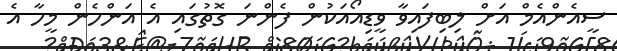
ސީއެންއެމް އަށް ލިބިފައިވާ ވީޑިއޯއަކުން ފެންނަ ގޮތުގައި އެ އަންހެން މީހާ އެ